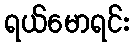
ရယ်မောရင်း